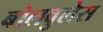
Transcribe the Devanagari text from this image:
बोलवुलेस